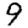
Digit: 9